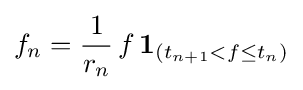
f_{n}={\frac {1}{r_{n}}}\,f\,\mathbf {1} _{(t_{n+1}<f\leq t_{n})}